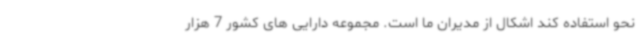
نحو استفاده کند اشکال از مدیران ما است. مجموعه دارایی های کشور 7 هزار